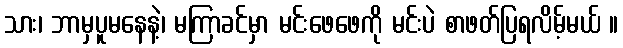
သား၊ ဘာမှပူမနေနဲ့၊ မကြာခင်မှာ မင်းဖေဖေကို မင်းပဲ စာဖတ်ပြရလိမ့်မယ် ။